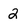
Character: 2